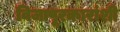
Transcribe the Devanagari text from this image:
विजापूरकारांशी